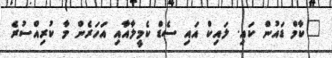
"ކާމް ޑައުން ކައި. ލައިކް އައި ސެޑް ކެމީލާއާއި އަހަރެން މާ ކުރިއްސުރެ